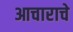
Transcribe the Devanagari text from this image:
आचाराचे